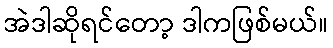
အဲဒါဆိုရင်တော့ ဒါကဖြစ်မယ်။